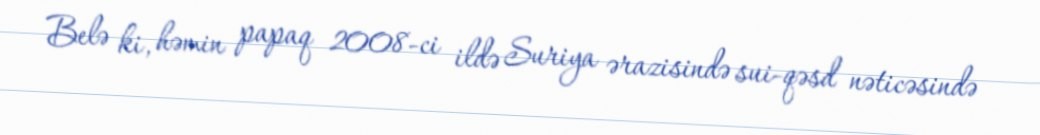
Belə ki, həmin papaq 2008-ci ildə Suriya ərazisində sui-qəsd nəticəsində